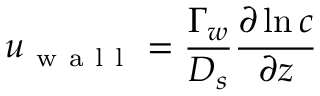
u _ { \mathrm { ~ w ~ a ~ l ~ l ~ } } = \frac { \Gamma _ { w } } { D _ { s } } \frac { \partial \ln c } { \partial z }